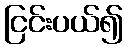
ငြင်းပယ်၍